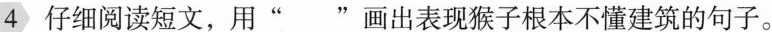
4仔细阅读短文，用“__”画出表现猴子根本不懂建筑的句子。